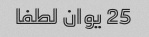
25 یوان لطفا